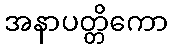
အနာပတ္တိကော